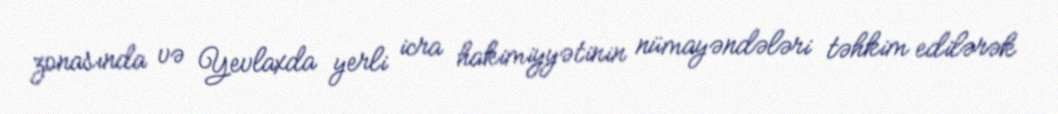
zonasında və Yevlaxda yerli icra hakimiyyətinin nümayəndələri təhkim edilərək